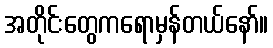
အတိုင်းတွေကရောမှန်တယ်နော်။